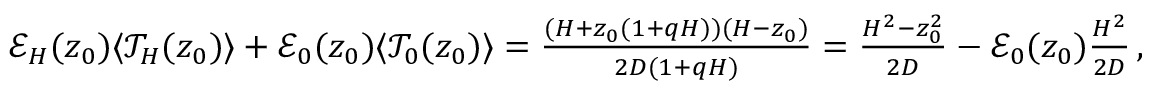
\begin{array} { r l } & { \mathcal { E } _ { H } ( z _ { 0 } ) \langle \mathcal { T } _ { H } ( z _ { 0 } ) \rangle + \mathcal { E } _ { 0 } ( z _ { 0 } ) \langle \mathcal { T } _ { 0 } ( z _ { 0 } ) \rangle = \frac { ( H + z _ { 0 } ( 1 + q H ) ) ( H - z _ { 0 } ) } { 2 D ( 1 + q H ) } = \frac { H ^ { 2 } - z _ { 0 } ^ { 2 } } { 2 D } - \mathcal { E } _ { 0 } ( z _ { 0 } ) \frac { H ^ { 2 } } { 2 D } \, , } \end{array}